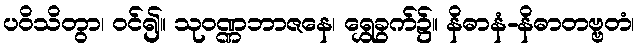
ပဝိသိတွာ၊ ဝင်၍။ သုဝဏ္ဏဘာဇနေ၊ ရွှေခွက်၌။ နိဓာနံ-နိဓာတဗ္ဗတံ၊